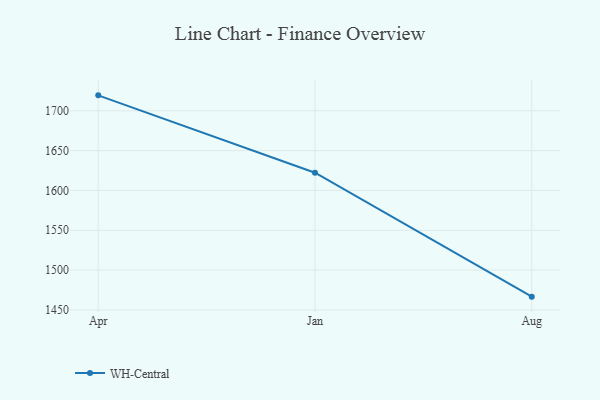
{"axis": {"x": "Month", "y": "LTV (USD)"}, "legend": ["WH-Central"], "data": [{"x": "Apr", "y": 1719.4, "type": "WH-Central"}, {"x": "Jan", "y": 1622.3, "type": "WH-Central"}, {"x": "Aug", "y": 1466.7, "type": "WH-Central"}]}